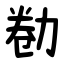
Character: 勌